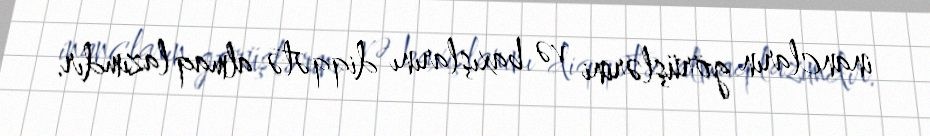
inancların görüşlərini və baxışlarını diqqətə almaq lazımdır.